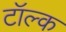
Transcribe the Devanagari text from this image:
टॉल्क